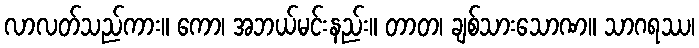
လာလတ်သည်ကား။ ကော၊ အဘယ်မင်းနည်း။ တာတ၊ ချစ်သားသောဏ။ သာဂရဿ၊